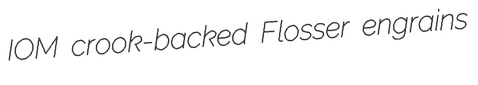
IOM crook-backed Flosser engrains